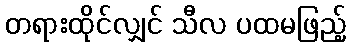
တရားထိုင်လျှင် သီလ ပထမဖြည့်